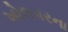
ખોલપરના